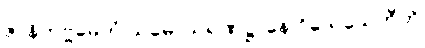
ဇာနိတဗ္ဗမေတံ သမောသရဏဋ္ဌာနေ ဝိသေသေတီတိ